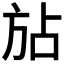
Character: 𪯴